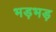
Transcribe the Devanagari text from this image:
भड़भड़